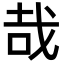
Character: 哉